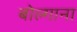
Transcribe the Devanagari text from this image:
बोल्गाना